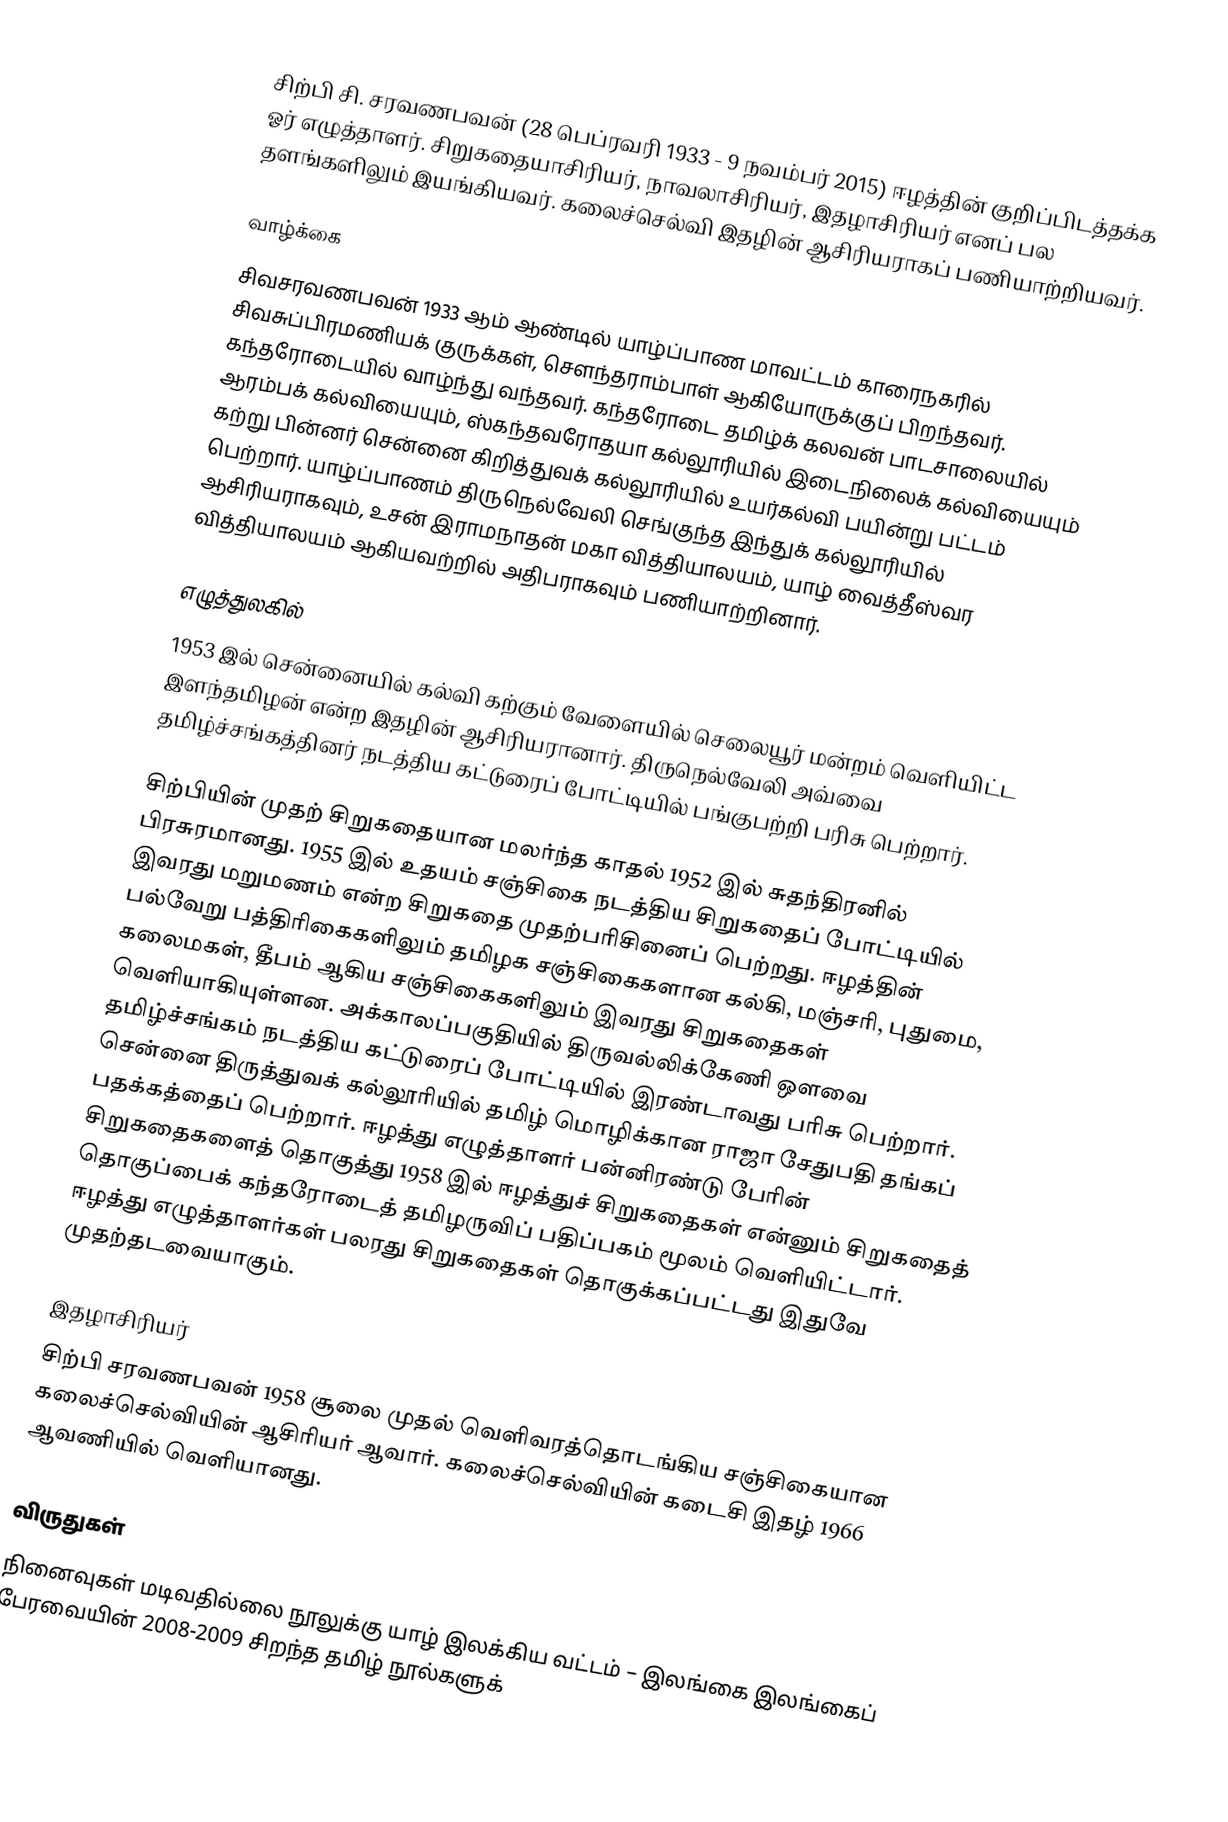
சிற்பி சி. சரவணபவன் (28 பெப்ரவரி 1933 - 9 நவம்பர் 2015) ஈழத்தின் குறிப்பிடத்தக்க ஓர் எழுத்தாளர். சிறுகதையாசிரியர், நாவலாசிரியர், இதழாசிரியர் எனப் பல தளங்களிலும் இயங்கியவர். கலைச்செல்வி இதழின் ஆசிரியராகப் பணியாற்றியவர்.

வாழ்க்கை
சிவசரவணபவன் 1933 ஆம் ஆண்டில் யாழ்ப்பாண மாவட்டம் காரைநகரில் சிவசுப்பிரமணியக் குருக்கள், சௌந்தராம்பாள் ஆகியோருக்குப் பிறந்தவர். கந்தரோடையில் வாழ்ந்து வந்தவர். கந்தரோடை தமிழ்க் கலவன் பாடசாலையில் ஆரம்பக் கல்வியையும், ஸ்கந்தவரோதயா கல்லூரியில் இடைநிலைக் கல்வியையும் கற்று பின்னர் சென்னை கிறித்துவக் கல்லூரியில் உயர்கல்வி பயின்று பட்டம் பெற்றார். யாழ்ப்பாணம் திருநெல்வேலி செங்குந்த இந்துக் கல்லூரியில் ஆசிரியராகவும், உசன் இராமநாதன் மகா வித்தியாலயம், யாழ் வைத்தீஸ்வர வித்தியாலயம் ஆகியவற்றில் அதிபராகவும் பணியாற்றினார்.

எழுத்துலகில்
1953 இல் சென்னையில் கல்வி கற்கும் வேளையில் செலையூர் மன்றம் வெளியிட்ட இளந்தமிழன் என்ற இதழின் ஆசிரியரானார். திருநெல்வேலி அவ்வை தமிழ்ச்சங்கத்தினர் நடத்திய கட்டுரைப் போட்டியில் பங்குபற்றி பரிசு பெற்றார்.

சிற்பியின் முதற் சிறுகதையான மலர்ந்த காதல் 1952 இல் சுதந்திரனில் பிரசுரமானது. 1955 இல் உதயம் சஞ்சிகை நடத்திய சிறுகதைப் போட்டியில் இவரது மறுமணம் என்ற சிறுகதை முதற்பரிசினைப் பெற்றது. ஈழத்தின் பல்வேறு பத்திரிகைகளிலும் தமிழக சஞ்சிகைகளான கல்கி, மஞ்சரி, புதுமை, கலைமகள், தீபம் ஆகிய சஞ்சிகைகளிலும் இவரது சிறுகதைகள் வெளியாகியுள்ளன. அக்காலப்பகுதியில் திருவல்லிக்கேணி ஒளவை தமிழ்ச்சங்கம் நடத்திய கட்டுரைப் போட்டியில் இரண்டாவது பரிசு பெற்றார். சென்னை திருத்துவக் கல்லூரியில் தமிழ் மொழிக்கான ராஜா சேதுபதி தங்கப் பதக்கத்தைப் பெற்றார். ஈழத்து எழுத்தாளர் பன்னிரண்டு பேரின் சிறுகதைகளைத் தொகுத்து 1958 இல் ஈழத்துச் சிறுகதைகள் என்னும் சிறுகதைத் தொகுப்பைக் கந்தரோடைத் தமிழருவிப் பதிப்பகம் மூலம் வெளியிட்டார். ஈழத்து எழுத்தாளர்கள் பலரது சிறுகதைகள் தொகுக்கப்பட்டது இதுவே முதற்தடவையாகும்.

இதழாசிரியர்
சிற்பி சரவணபவன் 1958 சூலை முதல் வெளிவரத்தொடங்கிய சஞ்சிகையான கலைச்செல்வியின் ஆசிரியர் ஆவார். கலைச்செல்வியின் கடைசி இதழ் 1966 ஆவணியில் வெளியானது.

விருதுகள்
 நினைவுகள் மடிவதில்லை நூலுக்கு யாழ் இலக்கிய வட்டம் – இலங்கை இலங்கைப் பேரவையின் 2008-2009 சிறந்த தமிழ் நூல்களுக்